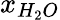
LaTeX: x_{H_{2}O}